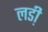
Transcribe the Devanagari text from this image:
लडी़